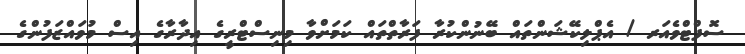
ސޮފްޓްވެއަރ / އެޕްލިކޭޝަންތައް ބޭނުންކުރާ ފަރާތްތައް ކަމަށްވާ މިނިސްޓްރީގެ އިދާރާގެ އިސް މުވައްޒަފުންގެ